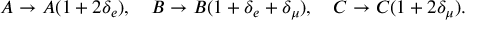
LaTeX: A \to A ( 1 + 2 \delta _ { e } ) , ~ ~ ~ B \to B ( 1 + \delta _ { e } + \delta _ { \mu } ) , ~ ~ ~ C \to C ( 1 + 2 \delta _ { \mu } ) .